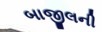
બાજીલની